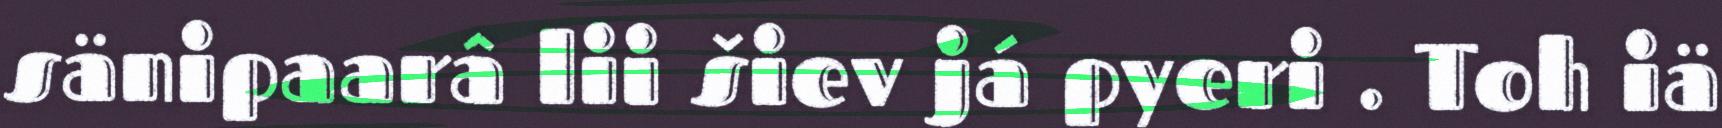
sänipaarâ lii šiev já pyeri . Toh iä